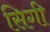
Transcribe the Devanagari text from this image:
सिगी